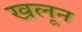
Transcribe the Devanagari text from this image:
खलून